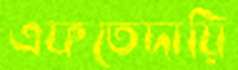
এফতেদায়ি